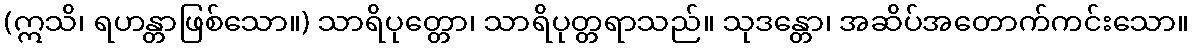
(ဣသိ၊ ရဟန္တာဖြစ်သော။) သာရိပုတ္တော၊ သာရိပုတ္တရာသည်။ သုဒန္တော၊ အဆိပ်အတောက်ကင်းသော။